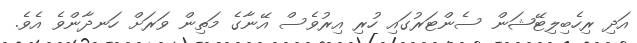
އަދި ރިހެބިލިޓޭޝަން ސެންޓަރުގައި ހުރި އިރުވެސް އޭނާގެ މަތިން ވަރަށް ހަނދާންވެ އެވެ.